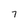
Character: 7